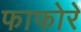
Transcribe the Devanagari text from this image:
फाफोरे